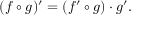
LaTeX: ( f \circ g ) ^ { \prime } = ( f ^ { \prime } \circ g ) \cdot g ^ { \prime } .